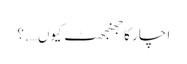
ا چار کا جھنجھٹ کیوں….؟